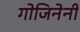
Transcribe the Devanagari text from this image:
गोजिनेनी